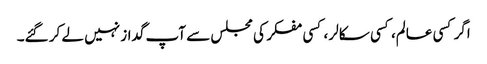
اگر کسی عالم، کسی سکالر ، کسی مفکر کی مجلس سے آپ گداز نہیں لے کر گئے۔